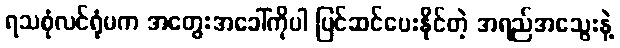
ရသစုံလင်ရုံမက အတွေးအခေါ်ကိုပါ ပြင်ဆင်ပေးနိုင်တဲ့ အရည်အသွေးနဲ့